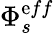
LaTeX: \Phi_{s}^{\mathrm{e}ff}